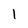
Character: 1